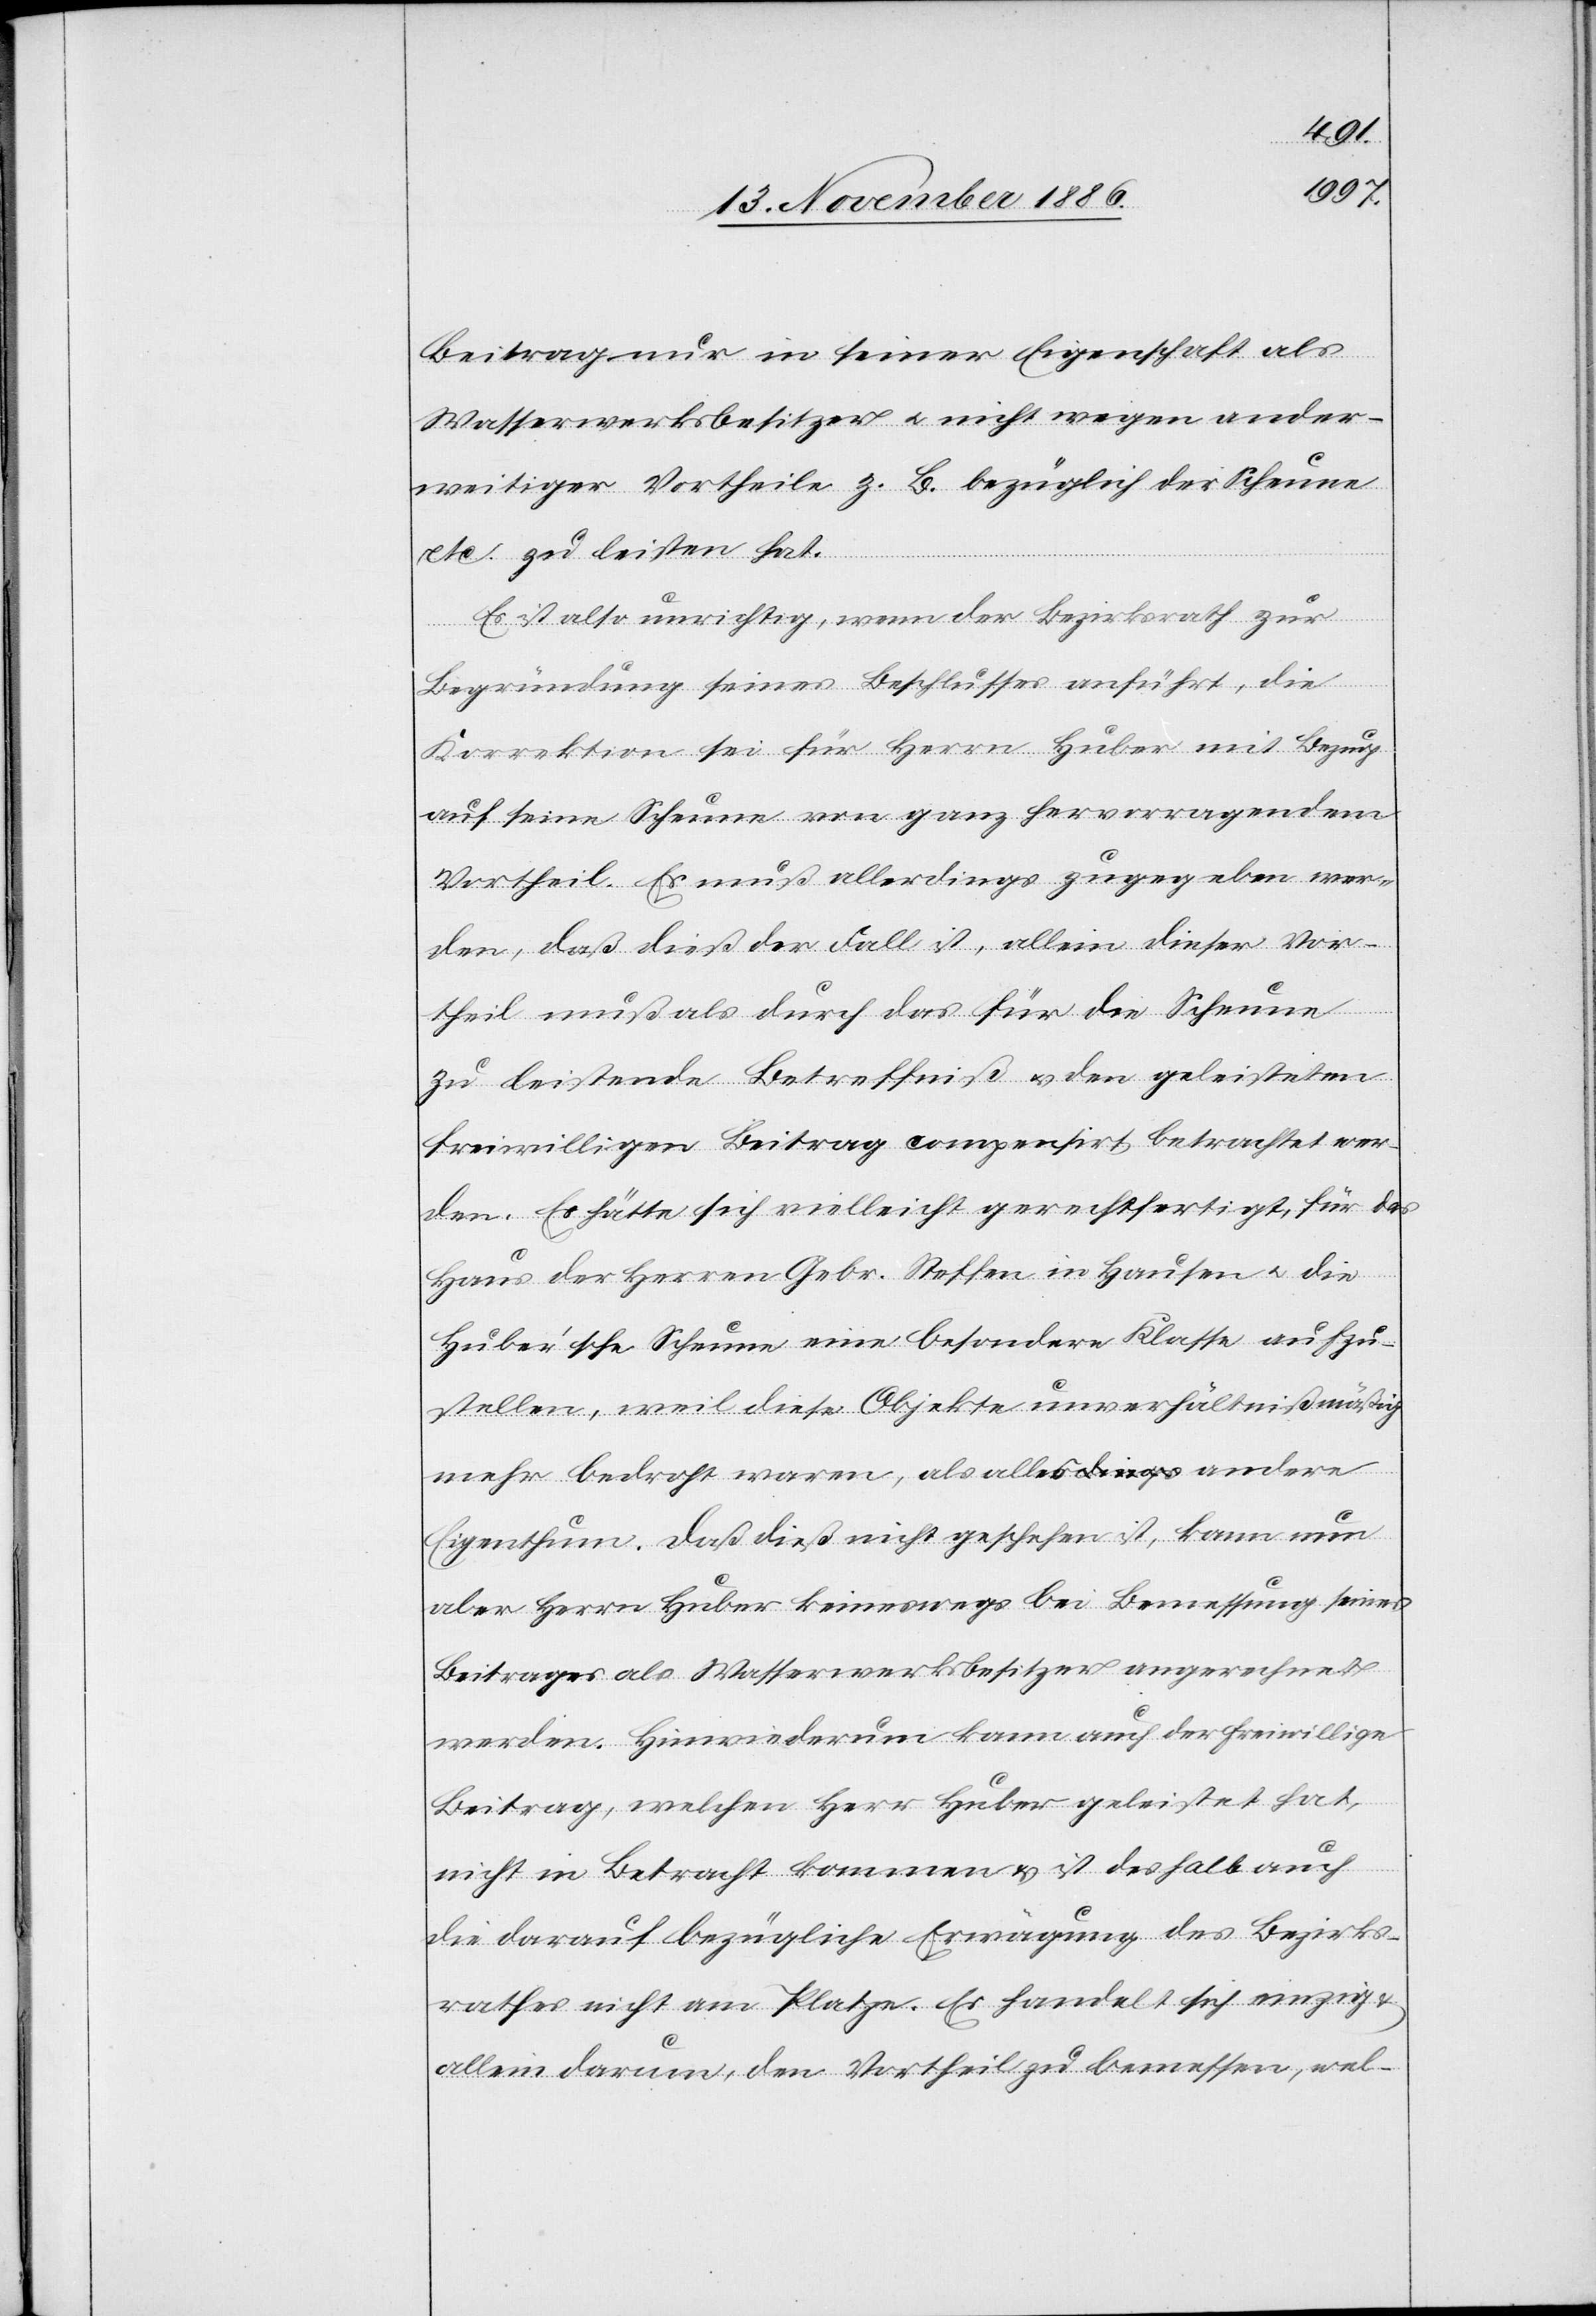
Beitrag nur in seiner Eigenschaft als
Wasserwerksbesitzer & nicht wegen ander¬
weitiger Vortheile z. B. bezüglich der Scheune
etc. zu leisten hat.
Es ist also unrichtig, wenn der Bezirksrath zur
Begründung seines Beschlusses anführt, die
Korrektion sei für Herrn Huber mit Bezug
auf seine Scheune von ganz hervorragendem
Vortheil. Es muß allerdings zugegeben wer¬
den, daß dieß der Fall ist, allein dieser Vor¬
theil muß als durch das für die Scheune
zu leistende Betreffniß & den geleisteten
freiwilligen Beitrag compensirt betrachtet wer¬
den. Es hätte sich vielleicht gerechtfertigt, für das
Haus der Herren Gebr. Steffen in Hausen & die
Huber’sche Scheune eine besondere Klasse aufzu¬
stellen, weil diese Objekte unverhältnißmäßig
mehr bedroht waren, als alles andere
Eigenthum. Daß dieß nicht geschehen ist, kann nun
aber Herrn Huber keineswegs bei Bemessung seines
Beitrages als Wasserwerksbesitzer angerechnet
werden. Hinwiederum kann auch der freiwillige
Beitrag, welchen Herr Huber geleistet hat,
nicht in Betracht kommen & ist deshalb auch
die darauf bezügliche Erwägung des Bezirks¬
rathes nicht am Platze. Es handelt sich einzig
allein darum, den Vortheil zu bemessen, wel-